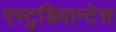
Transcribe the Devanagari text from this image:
एस्टुडियान्टेस